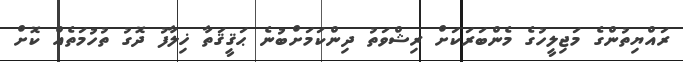
ރައްޔިތުންގެ މަޖިލީހުގެ މެންބަރަކަށް ރިޝްވަތު ދިންކަމަށްބުނެ ޙަޤީޤަތާ ޚިލާފު ދޮގު ތުހުމަތެއް ކޮށް